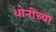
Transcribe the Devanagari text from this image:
धोनीच्या